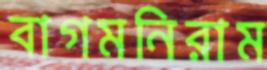
বাগমনিরাম